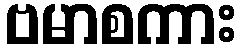
ဗမာစကား